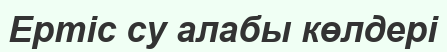
Ертіс су алабы көлдері